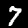
Digit: 7